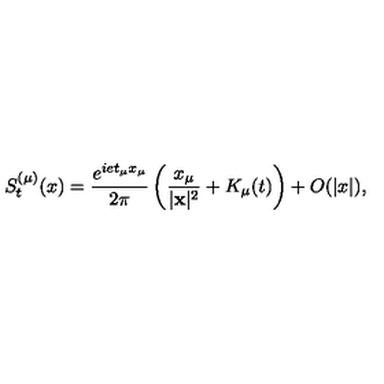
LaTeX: S _ { t } ^ { ( \mu ) } ( x ) = \frac { e ^ { i e t _ { \mu } x _ { \mu } } } { 2 \pi } \left( \frac { x _ { \mu } } { | { \bf x } | ^ { 2 } } + K _ { \mu } ( t ) \right) + O ( | x | ) ,